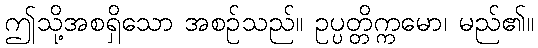
ဤသို့အစရှိသော အစဉ်သည်။ ဥပ္ပတ္တိက္ကမော၊ မည်၏။